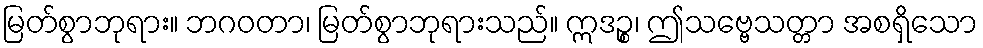
မြတ်စွာဘုရား။ ဘဂဝတာ၊ မြတ်စွာဘုရားသည်။ ဣဒဉ္စ၊ ဤသဗ္ဗေသတ္တာ အစရှိသော